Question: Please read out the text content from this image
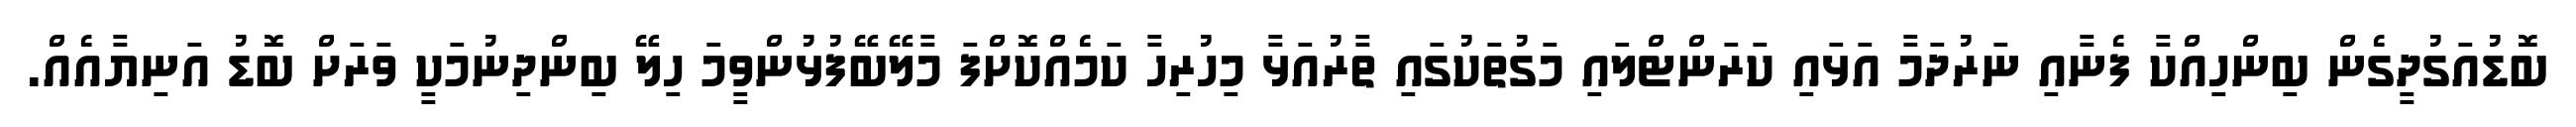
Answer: ބޮޑުއަގުދީގެން ބިންހިއްކާ ފެނާއި ނަރުދަމާ އަޅައި ކަރަންޓްލައި މަގުތަކުގައި ތާރުއަޅާ މިހުރިހާ ކަމެއްކޮށްފަ މާލޭބޭފުޅުންވީމަ ހިލޭ ބިންދިނުމަކީ ވަރަށް ބޮޑު އަނިޔާއެއް.